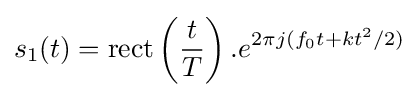
s_{1}(t)=\operatorname {rect} \left({\frac {t}{T}}\right).e^{2\pi j(f_{0}t+kt^{2}/2)}